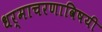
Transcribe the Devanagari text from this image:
धर्माचरणाविषयी